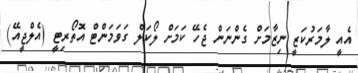
އެއީ ލާމަރުކަޒީ ނިޒާމަށް ގެންނަން ޖެހޭ ކަމަށް ލޯކަލް ގަވަމަންޓް އޮތޯރިޓީ (އެލްޖީއޭ)